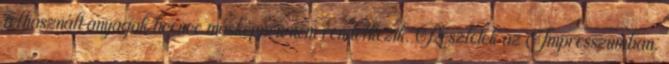
felhasznált anyagok licence másképpen nem rendelkezik. Részletek az Impresszumban.